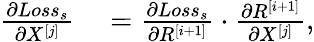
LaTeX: \begin{array}{rl}{\frac{\partial Loss_{s}}{\partial X^{[j]}}}&{{}=\frac{\partial Loss_{s}}{\partial R^{[i+1]}}\cdot\frac{\partial R^{[i+1]}}{\partial X^{[j]}},}\end{array}